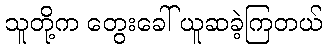
သူတို့က တွေးခေါ် ယူဆခဲ့ကြတယ်